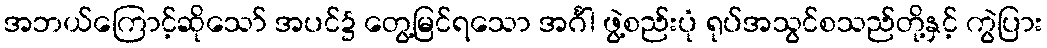
အဘယ်ကြောင့်ဆိုသော် အပင်၌ တွေ့မြင်ရသော အင်္ဂါ ဖွဲ့စည်းပုံ ရုပ်အသွင်စသည်တို့နှင့် ကွဲပြား